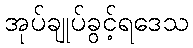
အုပ်ချုပ်ခွင့်ရဒေသ